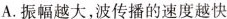
A.振幅越大，波传播的速度越快